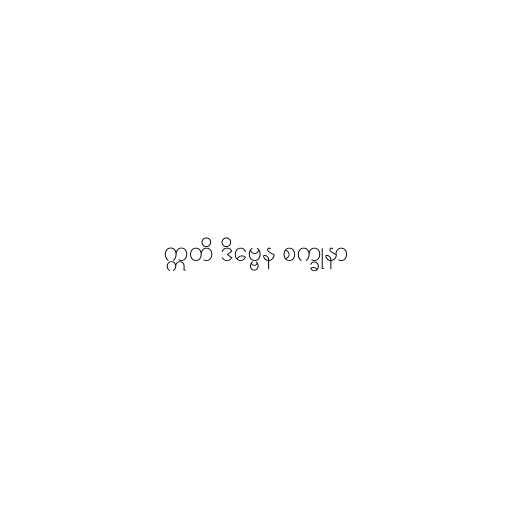
ဣတိ ဒိဗ္ဗေန စက္ခုနာ